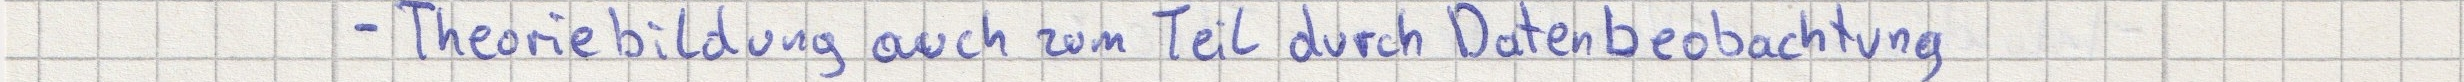
- Theoriebildung auch zum Teil durch Datenbeobachtung